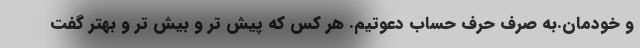
و خودمان.به صرف حرف حساب دعوتیم. هر کس که پیش تر و بیش تر و بهتر گفت